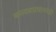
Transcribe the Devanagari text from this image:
बसवन्नाप्रधानमंत्री